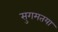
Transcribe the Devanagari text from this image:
सुगमतया